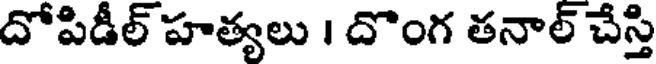
దోపిడీల్ హత్యలు । దొంగ తనాల్ చేస్తి